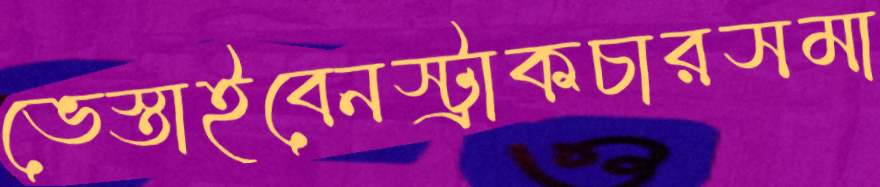
ভেস্তাইবেনস্ট্রাকচারসমা